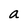
Character: a